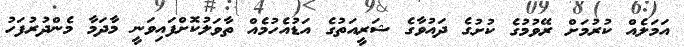
އަމަލެއް ކުރުމަށް ރޭވުމުގެ ކުށުގެ ދައުވާގެ ޝަރީއަތުގެ އަޑުއެހުމެއް ތާވަލުކޮށްފައިވަނީ މާދަމާ މެންދުރުފަހު